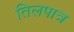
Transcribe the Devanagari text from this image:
तिलपात्र